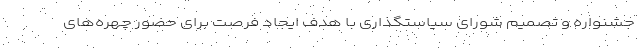
جشنواره و تصمیم شورای سیاستگذاری با هدف ایجاد فرصت برای حضور چهره‌های